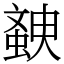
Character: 螤